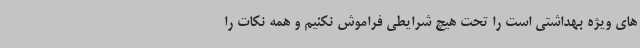
های ویژه بهداشتی است را تحت هیچ شرایطی فراموش نکنیم و همه نکات را